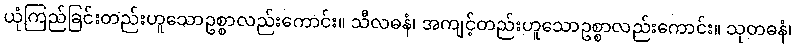
ယုံကြည်ခြင်းတည်းဟူသောဥစ္စာလည်းကောင်း။ သီလဓနံ၊ အကျင့်တည်းဟူသောဥစ္စာလည်းကောင်း။ သုတဓနံ၊